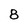
Character: 8